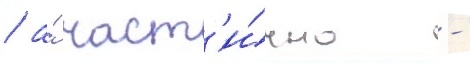
/ а́ част'и́чно -